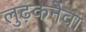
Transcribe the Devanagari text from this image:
लुढ़कनेवा